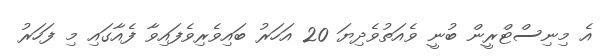
އެ މިނިސްޓްރީން ބުނީ ވެއަތުވެދިޔަ 20 އަހަރު ބައިވެރިވެފައިވާ ފެއާގައި މި ފަހަރު